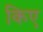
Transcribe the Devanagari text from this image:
किए